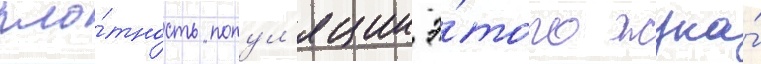
пло́тность попул'яции э́того жука́